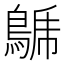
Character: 𪁦